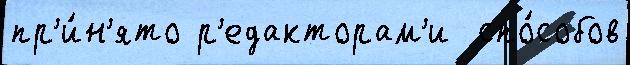
пр'и́н'ято р'едакторам'и  спо́собов